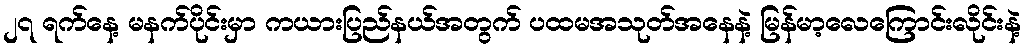
၂၇ ရက်နေ့ မနက်ပိုင်းမှာ ကယားပြည်နယ်အတွက် ပထမအသုတ်အနေနဲ့ မြန်မာ့လေကြောင်းလိုင်းနဲ့